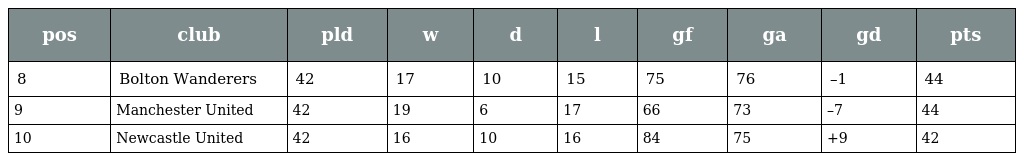
| pos | club | pld | w | d | l | gf | ga | gd | pts |
 | --- | --- | --- | --- | --- | --- | --- | --- | --- | --- |
 | 8 | Bolton Wanderers | 42 | 17 | 10 | 15 | 75 | 76 | –1 | 44 |
 | 9 | Manchester United | 42 | 19 | 6 | 17 | 66 | 73 | –7 | 44 |
 | 10 | Newcastle United | 42 | 16 | 10 | 16 | 84 | 75 | +9 | 42 |